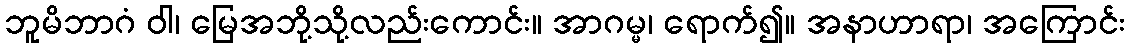
ဘူမိဘာဂံ ဝါ၊ မြေအဘို့သို့လည်းကောင်း။ အာဂမ္မ၊ ရောက်၍။ အနာဟာရာ၊ အကြောင်း